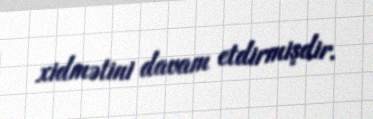
xidmətini davam etdirmişdir.